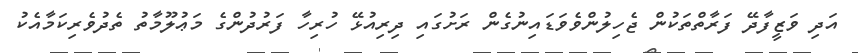
އަދި ވަޒީފާދޭ ފަރާތްތަކުން ޖެހިލުންވެވަޑައިނުގެން ރަށުގައި ދިރިއުޅޭ ހުރިހާ ފަރުދުންގެ މަޢުލޫމާތު ތެދުވެރިކަމާއެކު